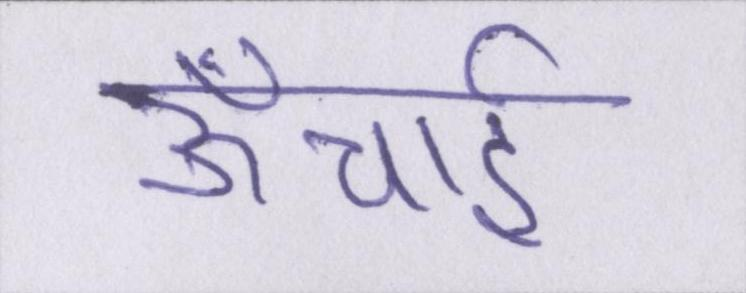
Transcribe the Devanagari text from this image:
ऊँचाई